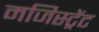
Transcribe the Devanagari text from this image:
मजिस्ट्रेंट